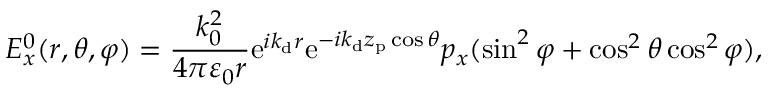
E _ { x } ^ { 0 } ( r , \theta , \varphi ) = \frac { k _ { 0 } ^ { 2 } } { 4 \pi \varepsilon _ { 0 } r } \mathrm { e } ^ { i k _ { \mathrm { d } } r } \mathrm { e } ^ { - i k _ { \mathrm { d } } z _ { \mathrm { p } } \cos \theta } p _ { x } ( \sin ^ { 2 } \varphi + \cos ^ { 2 } \theta \cos ^ { 2 } \varphi ) ,